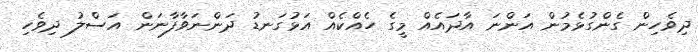
ދިވެހިން ގެންގުޅެމުން އަންނަ އާދައެއް މީގެ ހެއްކެއް އަޅުގަނޑު ދަންނަވާފާނަން އަސްލު ދިވެހި